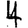
Digit: 4